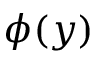
\phi ( y )